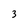
Character: 3